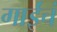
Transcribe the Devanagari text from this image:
गाईंचं